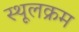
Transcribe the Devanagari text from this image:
स्थूलक्रम